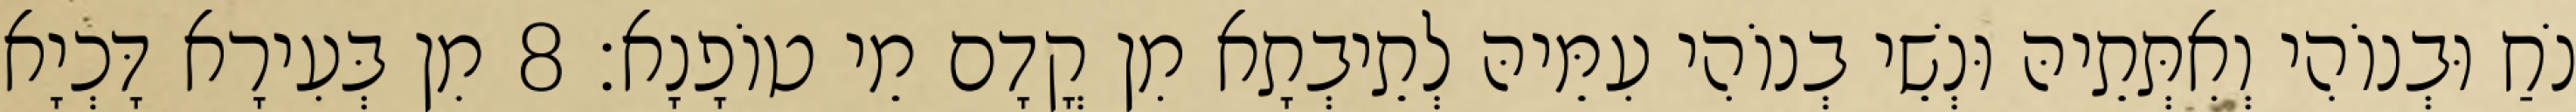
נֹחַ וּבְנוֹהִי וְאִתְּתֵיהּ וּנְשֵׁי בְנוֹהִי עִמֵּיהּ לְתֵיבְתָא מִן קֳדָם מֵי טוֹפָנָא׃ 8 מִן בְּעִירָא דָּכְיָא